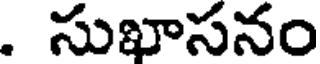
. సుఖాసనం